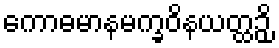
ကောဓမာနမက္ခဝိနယတ္ထဉှိ